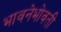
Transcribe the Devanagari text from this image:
भावनेभोवती